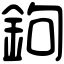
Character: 鉤